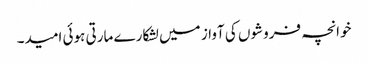
خوانچہ فروشوں کی آواز میں لشکارے مارتی ہوئی امید۔